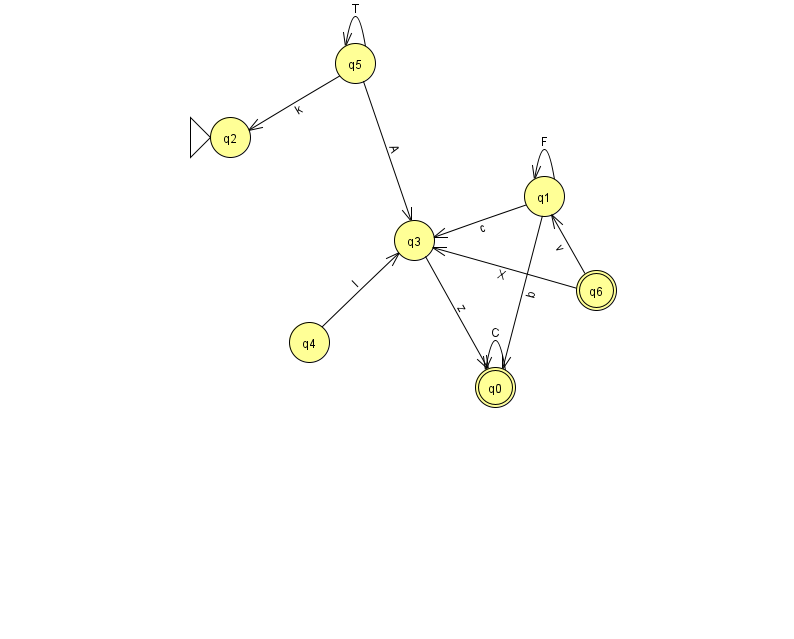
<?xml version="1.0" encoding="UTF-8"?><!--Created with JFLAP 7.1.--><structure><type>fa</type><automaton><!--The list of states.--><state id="0" name="q0"><x>495.0</x><y>374.0</y><final/></state><state id="1" name="q1"><x>544.0</x><y>183.0</y></state><state id="2" name="q2"><x>230.0</x><y>124.0</y><initial/></state><state id="3" name="q3"><x>414.0</x><y>227.0</y></state><state id="4" name="q4"><x>309.0</x><y>329.0</y></state><state id="5" name="q5"><x>355.0</x><y>50.0</y></state><state id="6" name="q6"><x>596.0</x><y>277.0</y><final/></state><!--The list of transitions.--><transition><from>0</from><to>0</to><read>C</read></transition><transition><from>4</from><to>3</to><read>I</read></transition><transition><from>5</from><to>5</to><read>T</read></transition><transition><from>1</from><to>1</to><read>F</read></transition><transition><from>1</from><to>3</to><read>c</read></transition><transition><from>3</from><to>0</to><read>z</read></transition><transition><from>6</from><to>1</to><read>v</read></transition><transition><from>1</from><to>0</to><read>b</read></transition><transition><from>5</from><to>3</to><read>A</read></transition><transition><from>5</from><to>2</to><read>k</read></transition><transition><from>6</from><to>3</to><read>X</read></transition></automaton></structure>